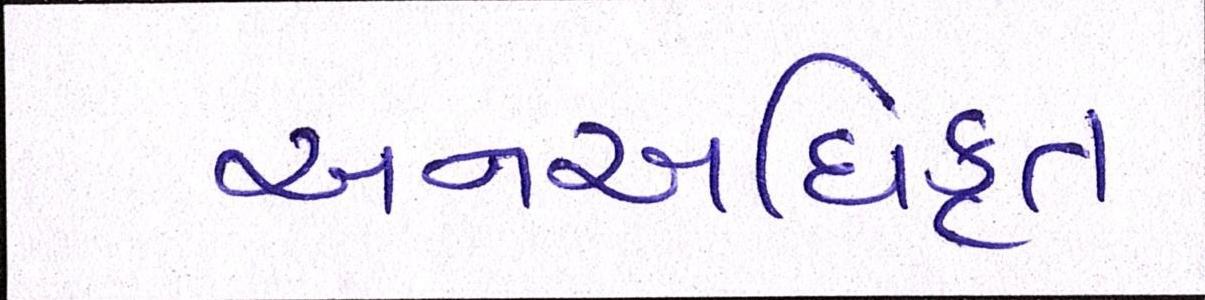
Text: અનઅધિકૃત